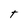
Character: T